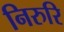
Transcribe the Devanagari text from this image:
निरुरि